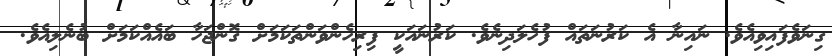
ގިނަވެފައިވިއެވެ. ނައިނާ އެ ކަރުނަތައް ފުހެލަދިނެވެ. ކަރުނައަކީ ފިރިހެންވަންތަކަމަށް ގޮންޖަހާ ބައެއްކަމަށް ބުނެލިއެވެ.